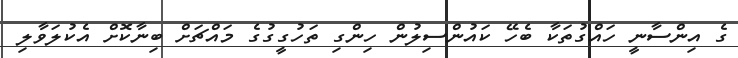
ގެ އިންސާނީ ހައްގުތަކާ ބެހޭ ކައުންސިލުން ހިންގި ތަހުގީގުގެ މައްޗަށް ބިނާކޮށް އެކުލަވާލި